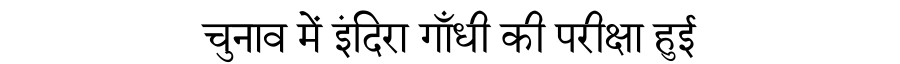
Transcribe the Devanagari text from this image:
चुनाव में इंदिरा गाँधी की परीक्षा हुई